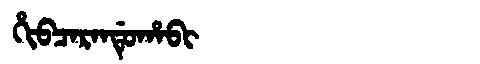
Manchu: ᡥᡳᠪᠴᠠᡵᠠᠨᡩᡠᡥᠠᠪᡳ
Romanization: HIBCARANDUHABI